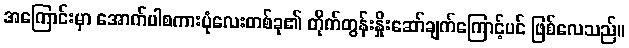
အကြောင်းမှာ အောက်ပါစကားပုံလေးတစ်ခု၏ တိုက်တွန်းနှိုးဆော်ချက်ကြောင့်ပင် ဖြစ်လေသည်။